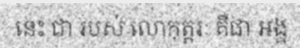
នេះ ជា របស់ លោកុត្តរៈ គឺជា អង្គ